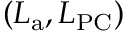
\left( L _ { \mathrm { a } } , L _ { \mathrm { P C } } \right)